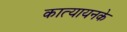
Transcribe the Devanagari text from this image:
कात्यायनके